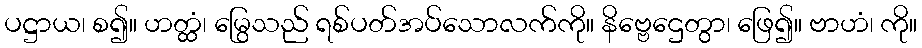
ပဋ္ဌာယ၊ စ၍။ ဟတ္ထံ၊ မြွေသည် ရစ်ပတ်အပ်သောလက်ကို။ နိဗ္ဗေဌေတွာ၊ ဖြေ၍။ ဗာဟံ၊ ကို။